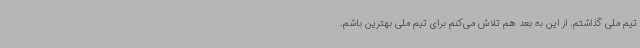
تیم ملی گذاشتم. از این به بعد هم تلاش می‌کنم برای تیم ملی بهترین باشم.